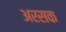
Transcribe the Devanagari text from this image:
अरसक